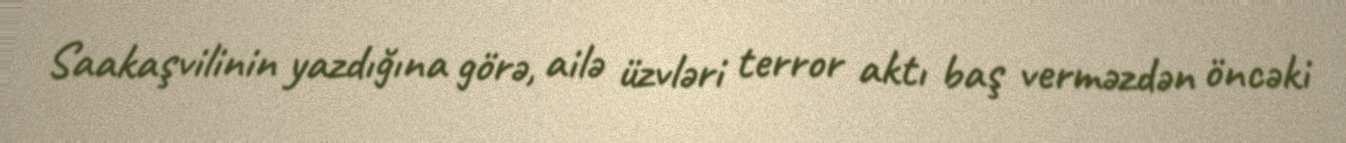
Saakaşvilinin yazdığına görə, ailə üzvləri terror aktı baş verməzdən öncəki